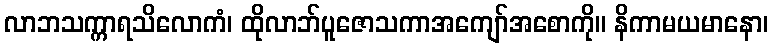
လာဘသက္ကာရသိလောကံ၊ ထိုလာဘ်ပူဇောသကာအကျော်အစောကို။ နိကာမယမာနော၊